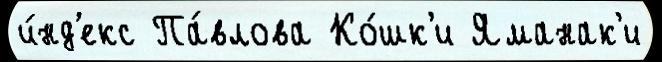
и́нд'екс Па́влова Ко́шк'и Яманак'и